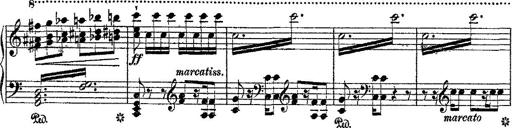
Title: Fantaisie romantique sur deux mÃ©lodies suisses
Composer: Franz Liszt